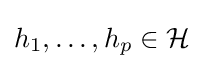
h_{1},\dots ,h_{p}\in {\mathcal {H}}